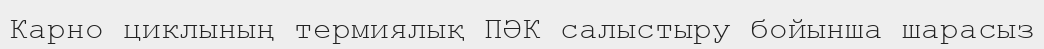
Карно циклының термиялық ПӘК салыстыру бойынша шарасыз